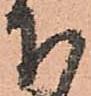
下